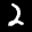
Label: 2